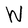
Character: W